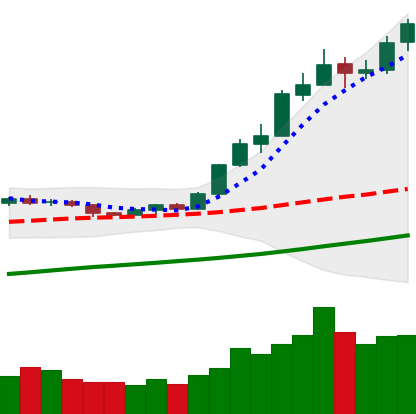
Ticker: ETH-USD
Chart end date: 2020-07-31
Forward return: 16.216%
Label: up_7plus